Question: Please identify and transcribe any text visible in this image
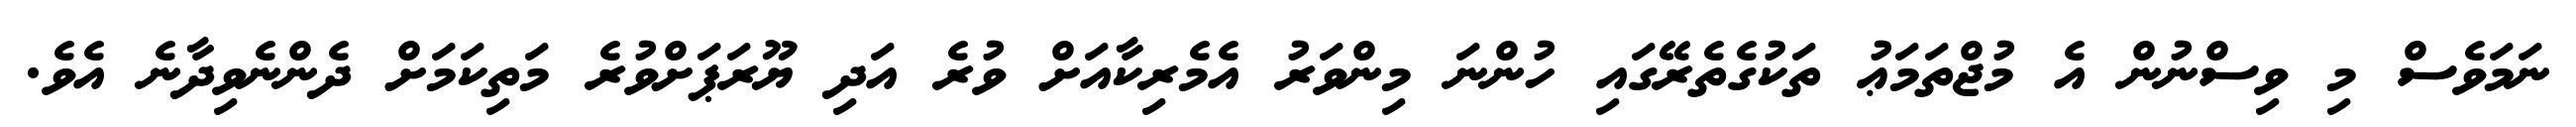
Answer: ނަމަވެސް މި ވިސްނުން އެ މުޖްތަމަޢު ތަކުގެތެރޭގައި ހުންނަ މިންވަރު އެމެރިކާއަށް ވުރެ އަދި ޔޫރަޕަށްވުރެ މަތިކަމަށް ދެންނެވިދާނެ އެވެ.